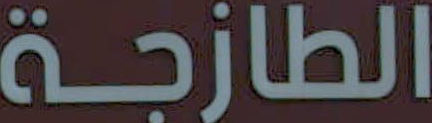
الطازجة